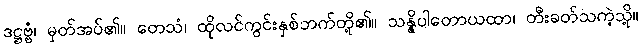
ဒဋ္ဌဗ္ဗံ၊ မှတ်အပ်၏။ တေသံ၊ ထိုလင်ကွင်းနှစ်ဘက်တို့၏။ သန္နိပါတောယထာ၊ တီးခတ်သကဲ့သို့။